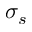
\sigma _ { s }